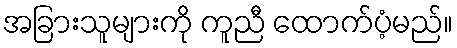
အခြားသူများကို ကူညီ ထောက်ပံ့မည်။